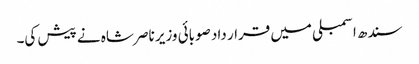
سندھ اسمبلی میں قرار داد صوبائی وزیر ناصر شاہ نے پیش کی۔